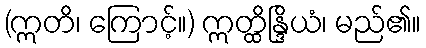
(ဣတိ၊ ကြောင့်။) ဣတ္ထိန္ဒြိယံ၊ မည်၏။